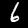
Label: 6